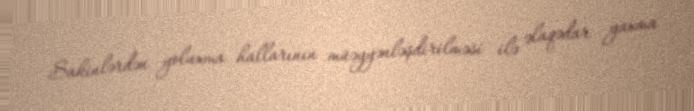
Sakinlərdən yoluxma hallarının müəyyənləşdirilməsi ilə əlaqədar yaxma